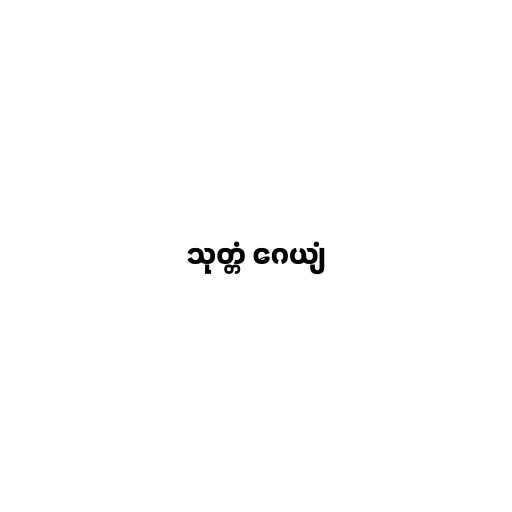
သုတ္တံ ဂေယျံ